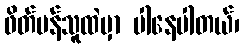
ဖိတ်မန်သူထဲမှာ ပါနေပါတယ်၊